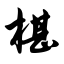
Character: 椹